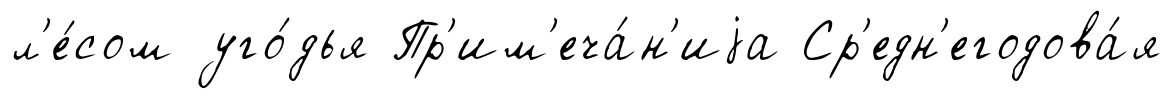
л'е́сом уго́дья Пр'им'еча́н'иjа Ср'едн'егодова́я